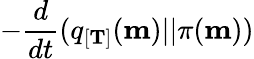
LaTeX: -\frac{d}{dt}(q_{[\mathbf{T}]}(\mathbf{m})||\pi(\mathbf{m}))